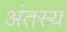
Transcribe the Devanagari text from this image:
अंतस्य